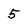
Character: 5